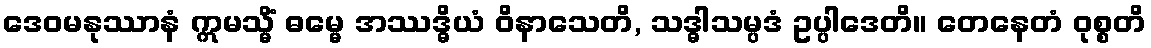
ဒေဝမနုဿာနံ ဣမသ္မိံ ဓမ္မေ အဿဒ္ဓိယံ ဝိနာသေတိ, သဒ္ဓါသမ္ပဒံ ဥပ္ပါဒေတိ။ တေနေတံ ဝုစ္စတိ